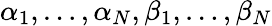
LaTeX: \alpha_{1},\ldots,\alpha_{N},\beta_{1},\ldots,\beta_{N}